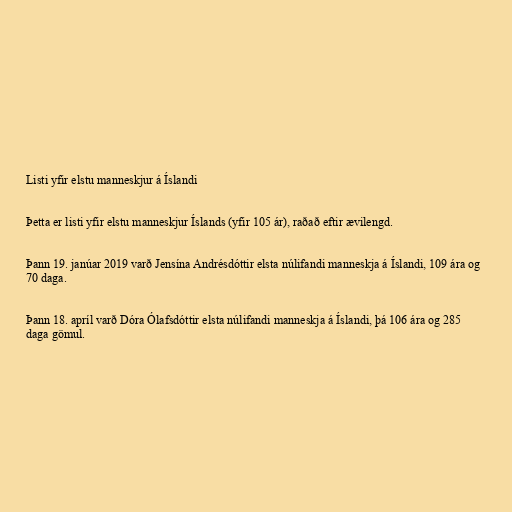
Listi yfir elstu manneskjur á Íslandi

Þetta er listi yfir elstu manneskjur Íslands (yfir 105 ár), raðað eftir ævilengd.

Þann 19. janúar 2019 varð Jensína Andrésdóttir elsta núlifandi manneskja á Íslandi, 109 ára og
70 daga.

Þann 18. apríl varð Dóra Ólafsdóttir elsta núlifandi manneskja á Íslandi, þá 106 ára og 285
daga gömul.